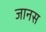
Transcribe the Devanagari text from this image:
जानस